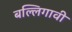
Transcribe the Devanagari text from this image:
बल्लिगावी